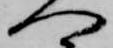
へ